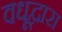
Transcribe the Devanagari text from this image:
वधूद्वारा